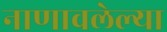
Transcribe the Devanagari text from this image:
नाणावलेल्या